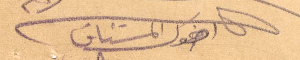
اخوك المشتاق